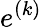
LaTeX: e^{(k)}